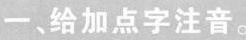
给加点字注音。